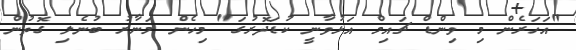
"އަހަރެން މި ވިންޑް ޗައިމް އަޅުވާނީ ކުޑަދޮރުގަ" މިހެން މަނާރު ބުނެލި ގޮތުން